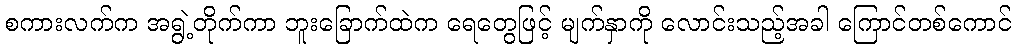
စကားလက်က အရွဲ့တိုက်ကာ ဘူးခြောက်ထဲက ရေတွေဖြင့် မျက်နှာကို လောင်းသည့်အခါ ကြောင်တစ်ကောင်